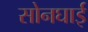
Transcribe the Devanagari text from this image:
सोनघाई